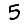
Digit: 5